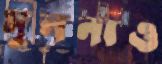
মুননাও